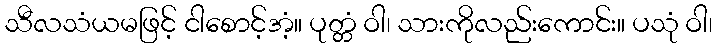
သီလသံယမဖြင့် ငါစောင့်အံ့။ ပုတ္တံ ဝါ၊ သားကိုလည်းကောင်း။ ပသုံ ဝါ၊